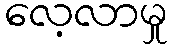
လေ့လာမှု